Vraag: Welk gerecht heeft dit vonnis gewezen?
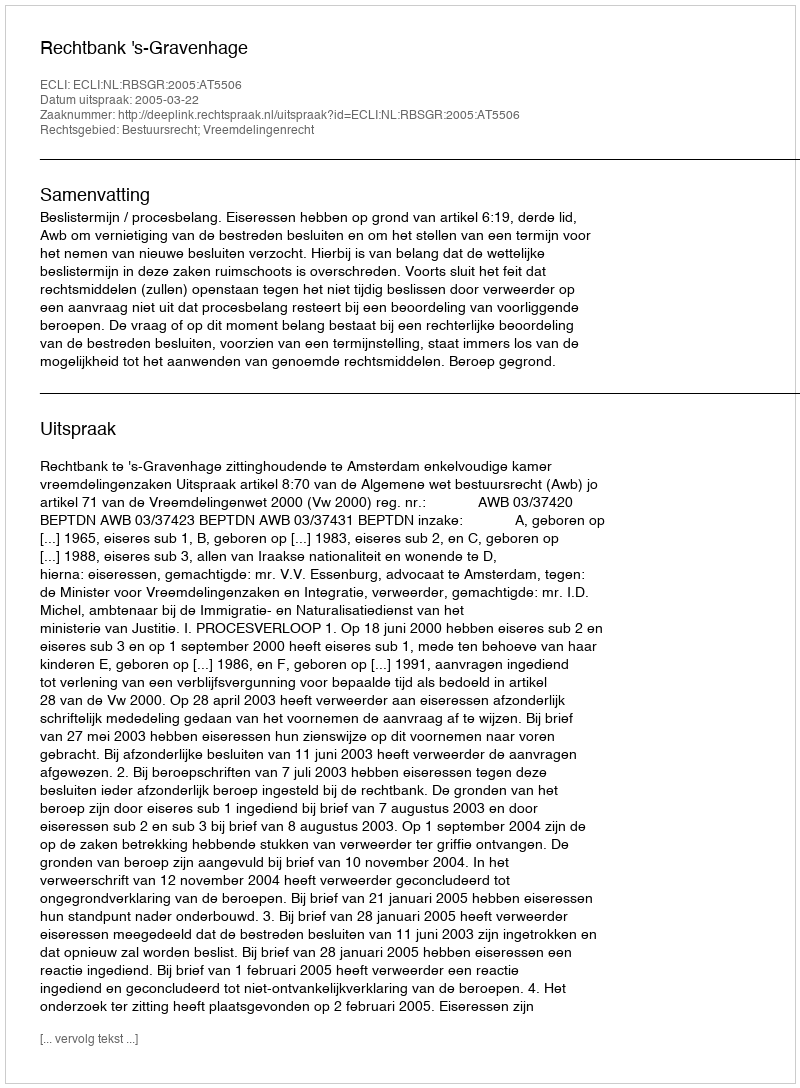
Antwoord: Rechtbank 's-Gravenhage